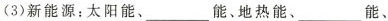
(3)新能源：太阳能、___能、地热能、___能、